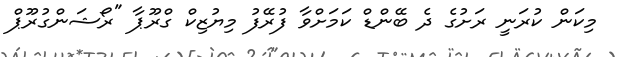
މިކަން ކުރަނީ ރަށުގެ ދެ ބޭންޑް ކަމަށްވާ ފުރޭފު މިޔުޒިކް ގްރޫޕާ "ރޯޝަންގުރޫޕް